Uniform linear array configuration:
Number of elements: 8
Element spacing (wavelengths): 0.75
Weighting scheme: blackman
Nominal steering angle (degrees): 0
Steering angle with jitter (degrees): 1.477
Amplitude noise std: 0.05
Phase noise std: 0.05

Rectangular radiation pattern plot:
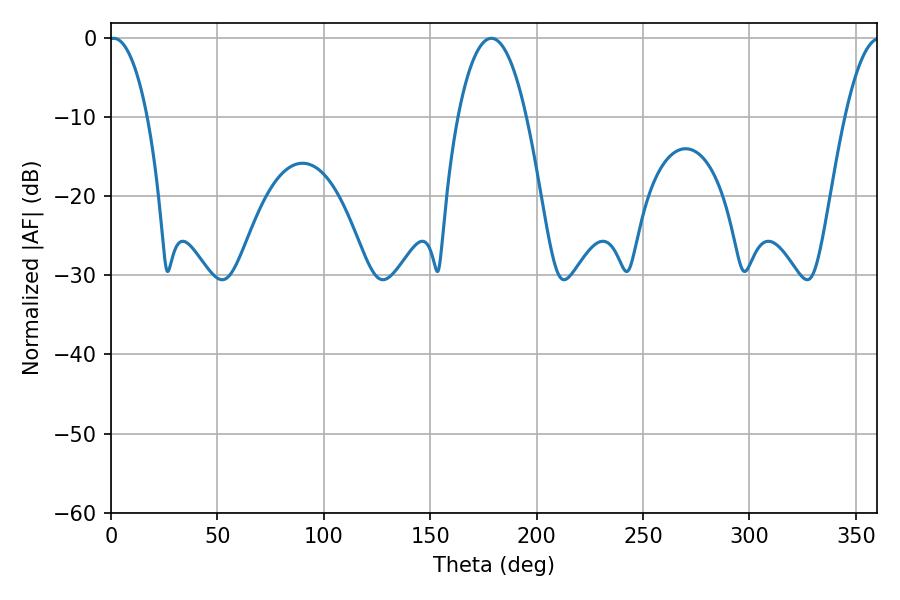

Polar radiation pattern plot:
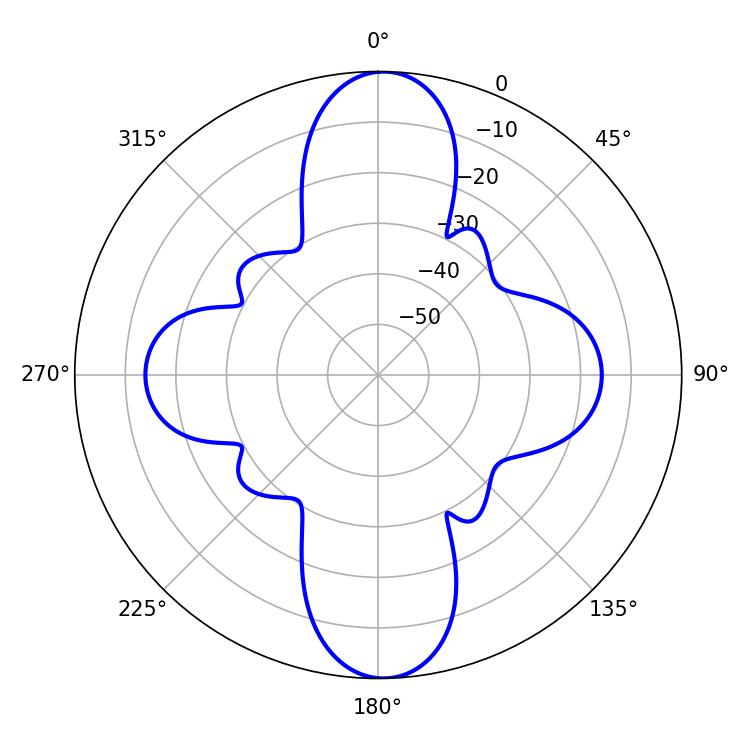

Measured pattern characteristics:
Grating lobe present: TRUE
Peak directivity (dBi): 24.619
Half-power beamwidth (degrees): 10.08
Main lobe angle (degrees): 1.26